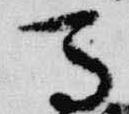
馬